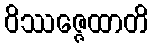
ဝိဿဇ္ဇေထာတိ